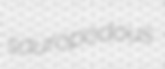
sauropodous